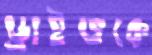
ড্রাইভকে